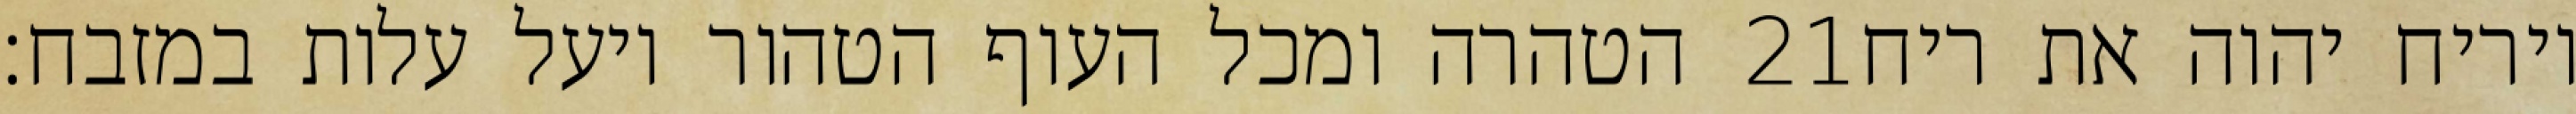
הטהרה ומכל העוף הטהור ויעל עלות במזבח׃ ‎21‏ ויריח יהוה את ריח